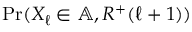
\operatorname { \mathrm { P r } } ( X _ { \ell } \in \mathbb { A } , R ^ { + } ( \ell + 1 ) )